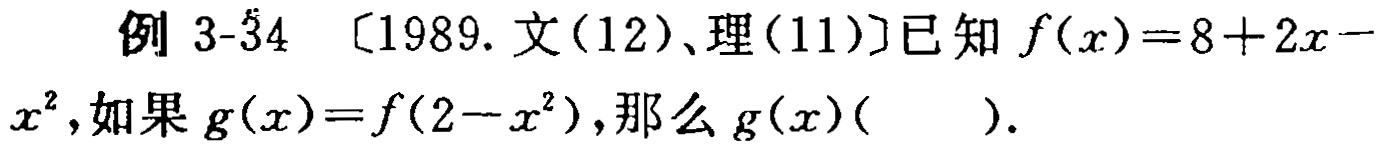
例 3-34 〔1989. 文(12)、理(11)〕已知 \(f(x)=8 + 2x - x^{2}\),如果 \(g(x)=f(2 - x^{2})\),那么 \(g(x)(\ \ \ \ \ \ )\).